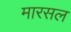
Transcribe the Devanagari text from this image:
मारसल